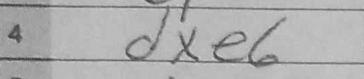
Transcription: dxe6